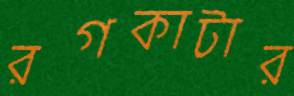
রগকাটার